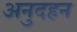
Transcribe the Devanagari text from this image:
अनुदहन